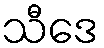
သီဒေ